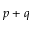
p + q